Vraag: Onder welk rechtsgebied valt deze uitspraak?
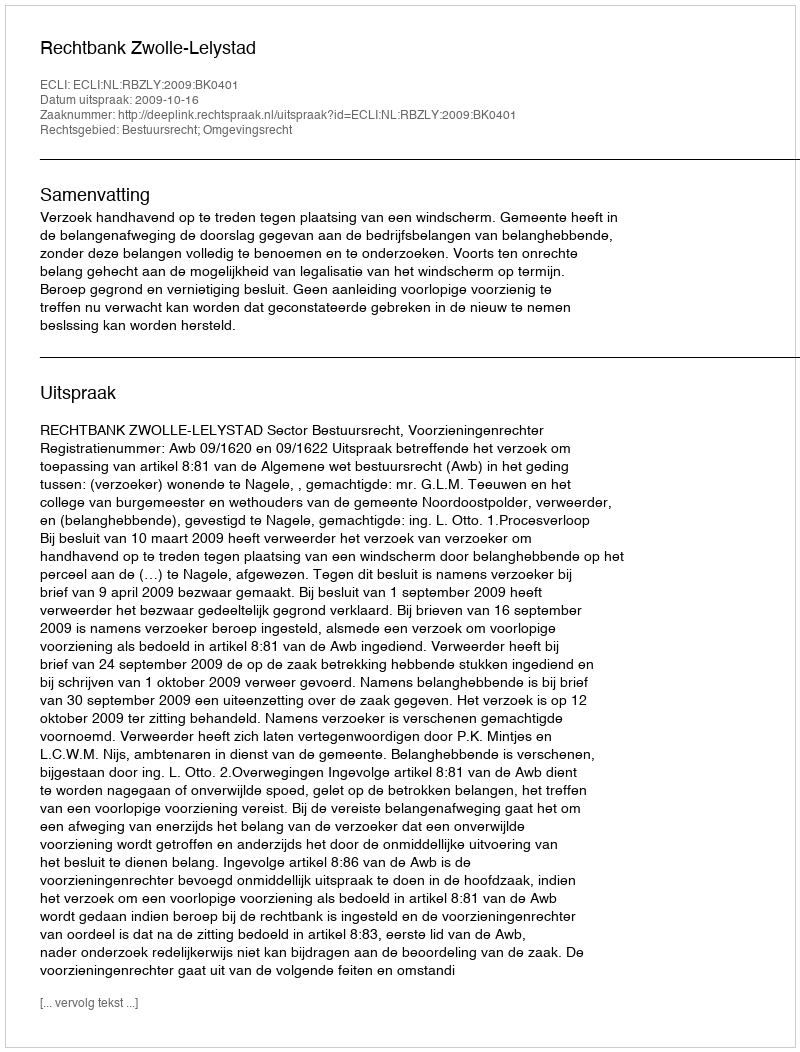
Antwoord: Bestuursrecht; Omgevingsrecht